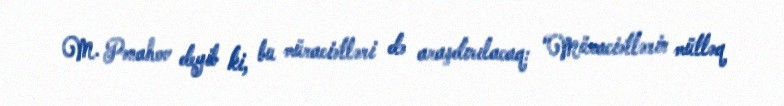
M. Pənahov deyib ki, bu müraciətləri də araşdırılacaq: “Müraciətlərin mütləq